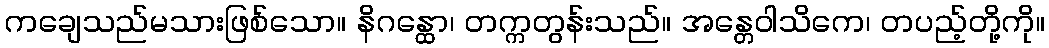
ကချေသည်မသားဖြစ်သော။ နိဂန္ထော၊ တက္ကတွန်းသည်။ အန္တေဝါသိကေ၊ တပည့်တို့ကို။